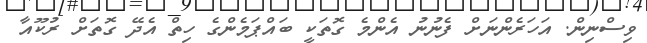
ވިސްނިން. އަހަރެންނަށް ފެނުނު އެންމެ ގޮތަކީ ބައްޕަމެންގެ ހިތް އެދޭ ގޮތަށް ރުކޫއާ